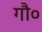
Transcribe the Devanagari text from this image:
गौ०